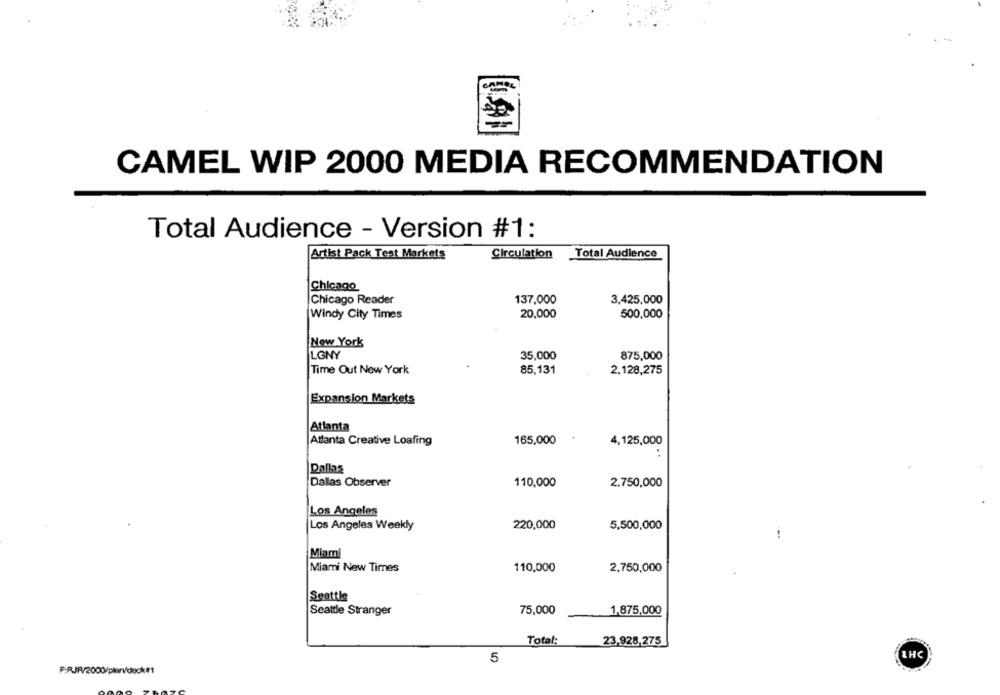
CAMEL WIP 2000 MEDIA RECOMMENDATION
Total Audience - Version #1:
Artist Pack Test Markets
Circulation
Total Audience
Chicago
137,000
Chicago Reader
3,425,000
Windy City Times
20,000
500,000
New York
LGNY
35,000
875,000
Time Out New York
85,131
2,128,275
Expansion Markets
Atlanta
Atlanta Creative Loafing
165,000
4,125,000
Dallas
Dallas Observer
110,000
2.750,000
Los Angeles
Los Angeles Weekly
220,000
5,500,000
Miami
Miami New Times
110,000
2,750,000
Seattle
Seattle Stranger
75,000
1,875,000
Total:
23.928,275
5
THC